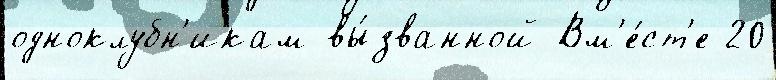
одноклубн'икам вы́званной Вм'е́ст'е 20